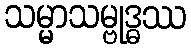
သမ္မာသမ္ဗုဒ္ဓဿ